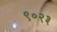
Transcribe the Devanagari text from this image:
९०२३